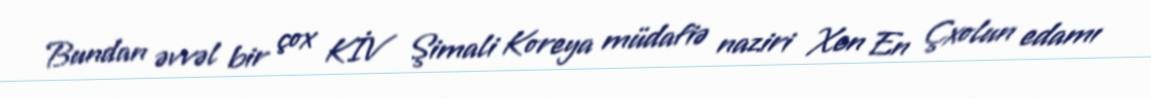
Bundan əvvəl bir çox KİV Şimali Koreya müdafiə naziri Xen En Çxolun edamı